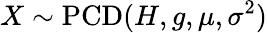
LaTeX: X\sim\operatorname{PCD}(H,g,\mu,\sigma^{2})